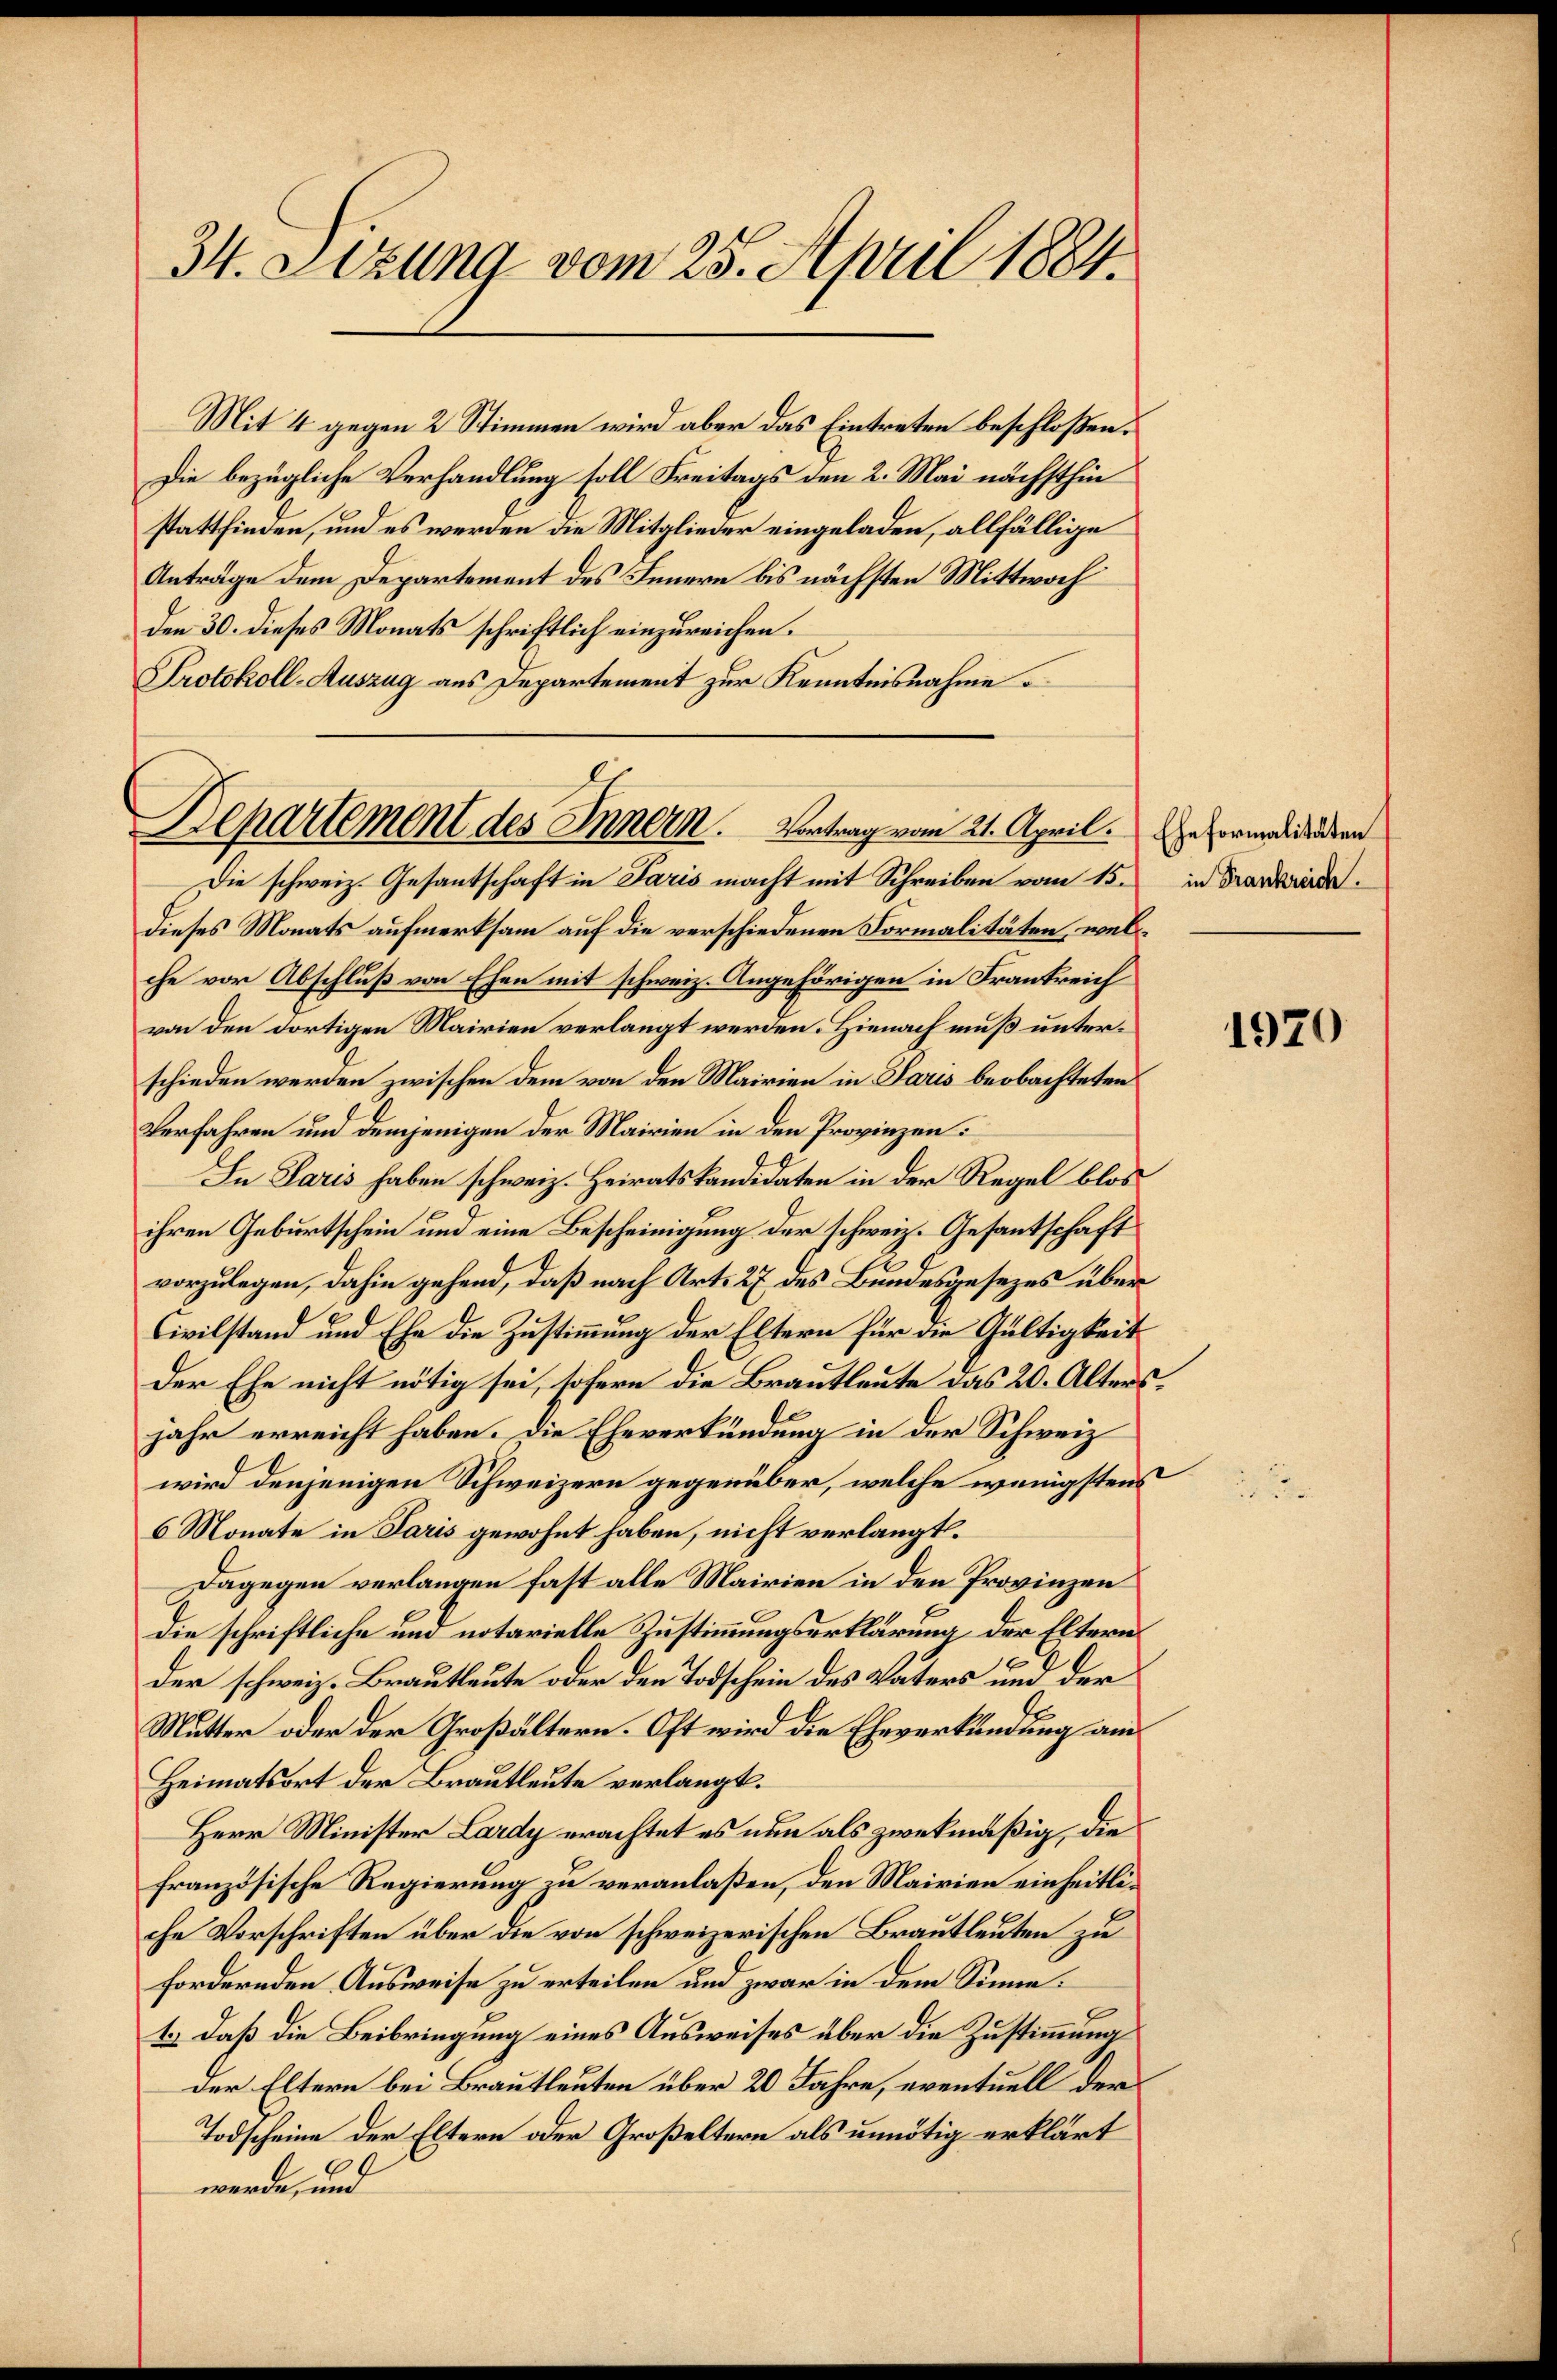
34. Setzung vom 25. April 1884.

Mit 4 gegen 2 Stimmen wird aber das Eintreten beschloßen:
Die bezügliche Verhandlung soll Freitags den 2. Mai nächsthin
stattfinden, und es werden die Mitglieder eingeladen, allfällige
Anträge dem Departement des Innern bis nächsten Mittwoch
den 30. dieses Monats schriftlich einzureichen.
Protokoll-Auszug aus Departement zur Kenntnisnahme

Die schweiz. Gesantschaft in Paris macht mit Schreiben vom 15.
Dieses Monats aufmerksam auf die verschiedenen Formalitäten, wel
che vor Abschluß von Ehen mit schweiz. Angehörigen in Frankreich
von den dortigen Mairien verlangt werden. Hienach muß unterschieden werden zwischen dem von den Mairien in Paris beobachteten
Verfahren und demjenigen der Mairien in den Provinzen:
In Paris haben schweiz. Heiratskandidaten in der Regel blos
ihren Geburtschein um eine Bescheinigung der schweiz. Gesantschaft
vorzulegen, dahin gehend, daß nach Art. 27 des Bundesgesezes über
Civilstand und Ehe die Zustimmung der Eltern für die Gültigkeit
der Ehe nicht nötig sei, sofern die Brautleute das 20. Alters,
jahr erreicht haben. Die Eheverkündung in der Schweiz
wird denjenigen Schweizern gegenüber, welche wenigstens
6 Monate in Paris gewohnt haben, nicht verlangt.
Dagegen verlangen fast alle Mairien in den Provinzen
die schriftliche und notarielle Zustimmungserklärung der Eltern
der schweiz. Brautleute oder den Todschein des Vaters und der
Mutter oder der Großältern. Oft wird die Eheverkündung am
Heimatsort der Brautleute verlangt.
Herr Minister Lardy erachtet es nun als zwekmäßig, die
französische Regierung zu veranlaßen, den Mairien einheitliche Vorschriften über die von schweizerischen Brautleuten zu
fordernden Ausweise zu erteilen und zwar in dem Sinne¬
1.) Daß die Beibringung eines Ausweises über die Zustimmung
Der Eltern bei Brautleuten über 20 Jahre, eventuell der
Todscheine der Eltern oder Großeltern als unnötig erklärt
werde, und

Departement des Innern. Vortrag vom 21. April. Geformaligen

in Frankreich.

1970